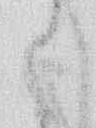
と